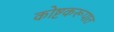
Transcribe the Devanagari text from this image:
कोष्टकरूपात